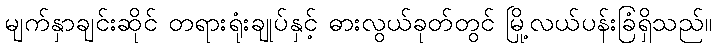
မျက်နှာချင်းဆိုင် တရားရုံးချုပ်နှင့် ဓားလွယ်ခုတ်တွင် မြို့လယ်ပန်းခြံရှိသည်။